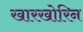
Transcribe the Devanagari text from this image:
खारखोरिन